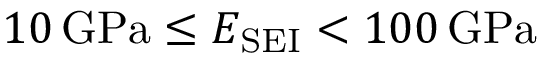
1 0 \, \mathrm { G P a } \leq E _ { \mathrm { S E I } } < 1 0 0 \, \mathrm { G P a }